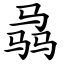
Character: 骉